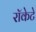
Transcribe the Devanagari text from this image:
रॉकेटे